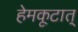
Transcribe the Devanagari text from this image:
हेमकूटात्